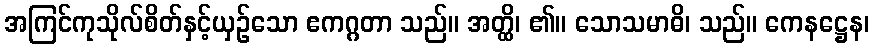
အကြင်ကုသိုလ်စိတ်နှင့်ယှဉ်သော ဧကဂ္ဂတာ သည်။ အတ္ထိ၊ ၏။ သောသမာဓိ၊ သည်။ ကေနဋ္ဌေန၊